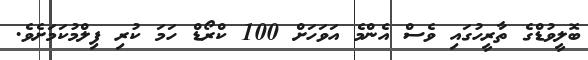
ބޮލީވުޑްގެ ތާރީހުގައި ވެސް އެންމެ އަވަހަށް 100 ކްރޯޑް ހަމަ ކުރި ފިލްމުކަމަށެވެ.